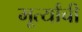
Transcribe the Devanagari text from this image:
मूर्त्यांची